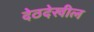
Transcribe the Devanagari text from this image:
देठदेखील